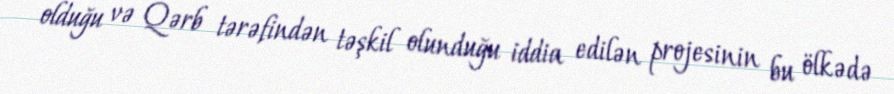
olduğu və Qərb tərəfindən təşkil olunduğu iddia edilən projesinin bu ölkədə